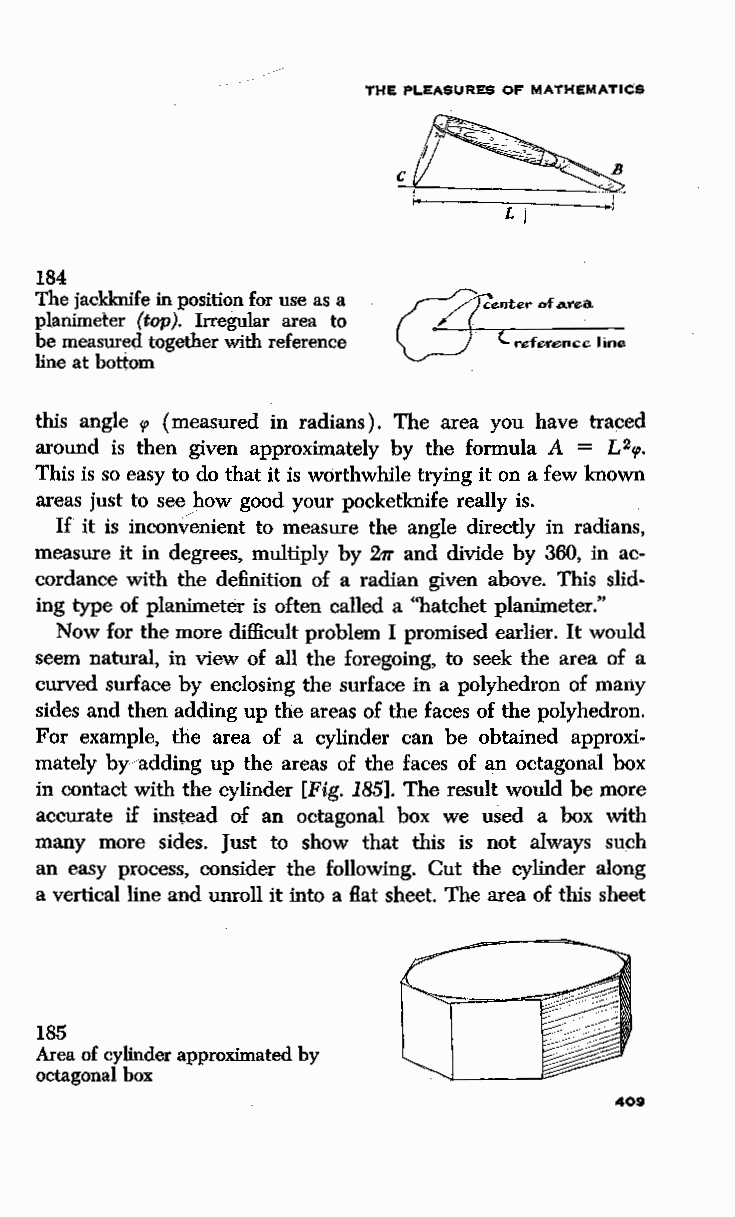
THE PLEASURES OF MATHEMATICS
 184
 The jackknife in position for use as a
 planimeter (top). Irregular area to
 be measured together with reference r"eferepcc line
 line at bottom
 this angle 'P (measured in radians). The area you have traced
 around is then given approximately by the formula A = L2tp.
 This is so easy to do that it is worthwhile trying it on a few known
 areas just to see Jlow good your pocketknife really is.
 If it is inconvenient to measure the angle directly in radians,
 measure it in degrees, multiply by 211' and divide by 360, in ac
 cordance with the definition of a radian given above. This slid
 ing type of planimeter is often called a "hatchet planimeter."
 Now for the more difficult problem I promised earlier. It would
 seem natural, in view of all the foregoing, to seek the area of a
 curved surface by enclosing the surface in a polyhedron of many
 sides and then adding up the areas of the faces of the polyhedron.
 For example, the area of a cylinder can be obtained approxi
 mately by/adding up the areas of the faces of an octagonal box
 in contact with the cylinder [Fig. 185]. The result would be more
 accurate if instead of an octagonal box we used a box with
 many more sides. Just to show that this is not always such
 an easy process, consider the following. Cut the cylinder along
 a vertical line and unroll it into a flat sheet. The area of this sheet
 185
 Area of cylinder approximated by
 octagonal box
 409